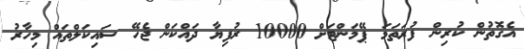
އެގޮތުން ކުރިން ފުރަތަމަ ޕޭމަންޓަށް 10000 ރުފިޔާ ދައްކަން ޖެހޭ ސައިކަލްތައް މިހާރު